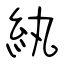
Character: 紈